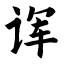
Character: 诨